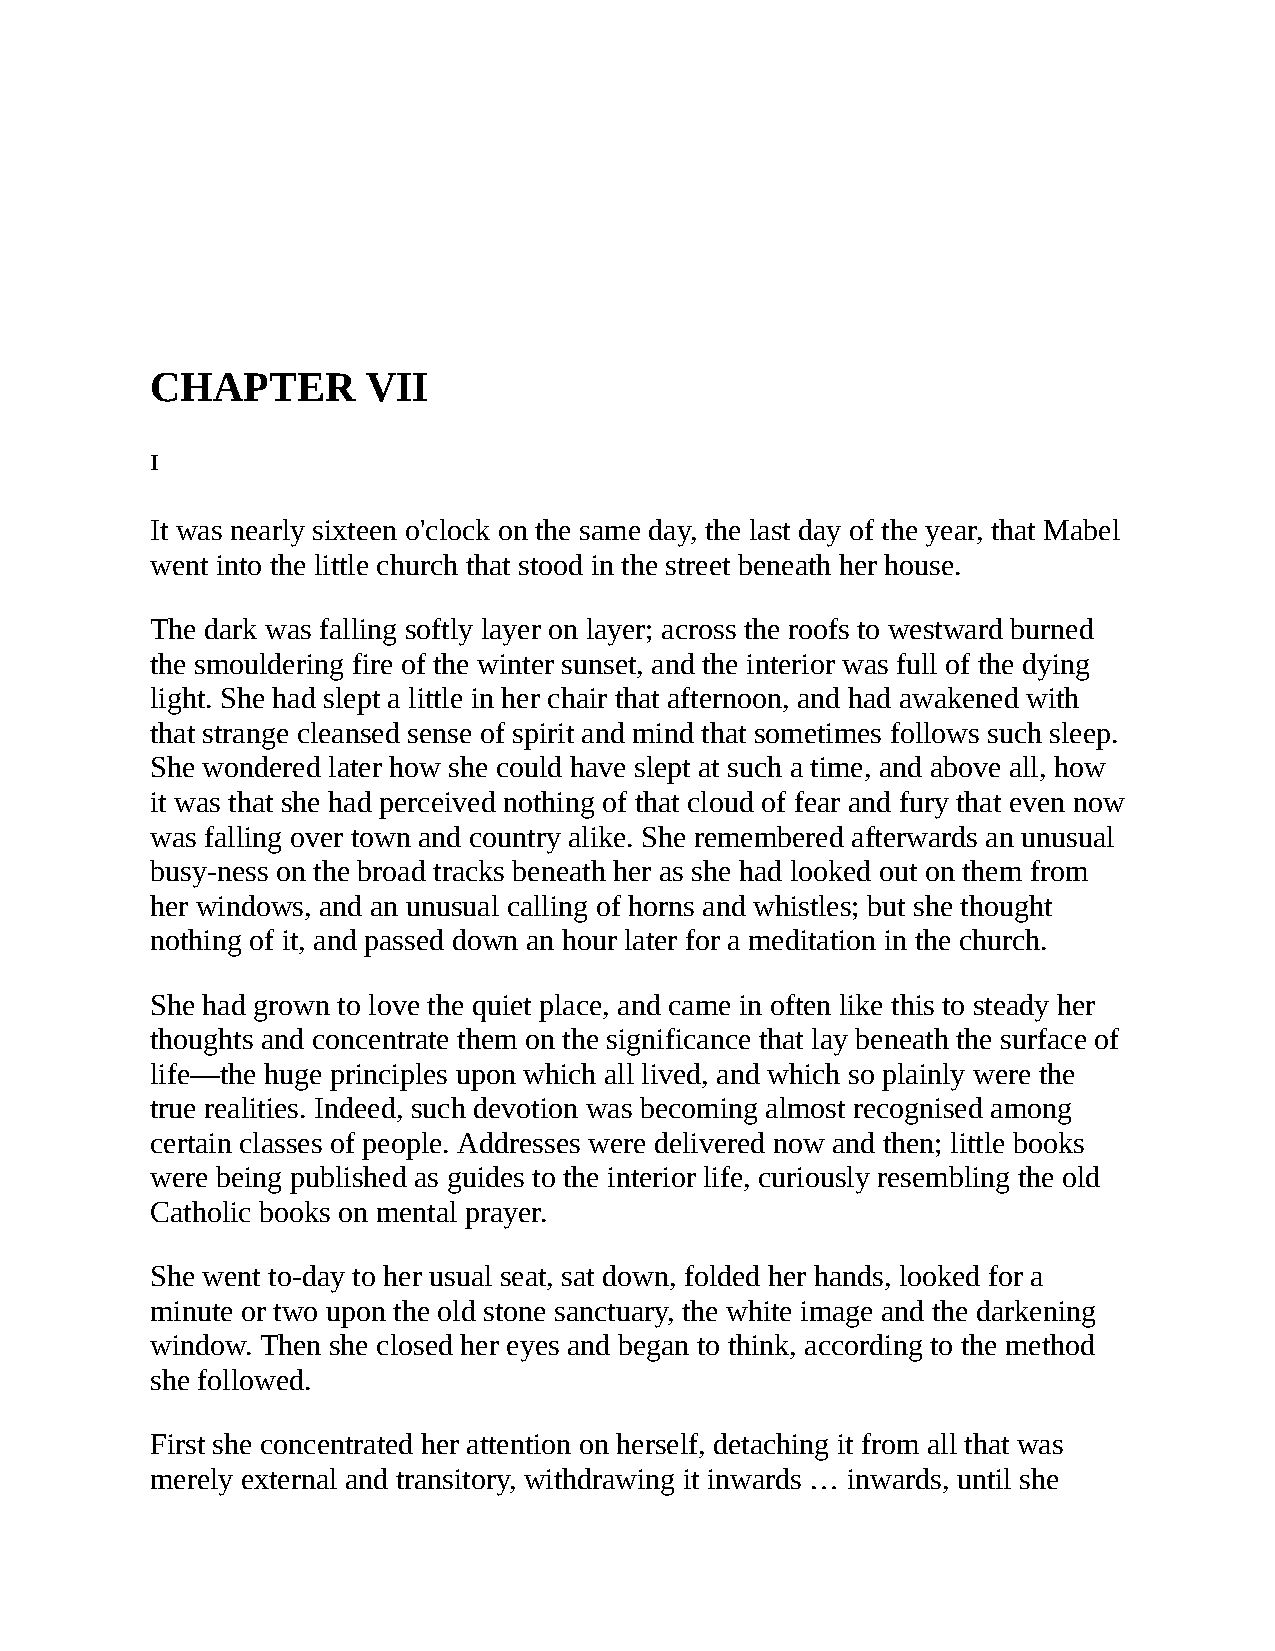
CHAPTER       VII
 I
 It was nearly sixteen o'clock on the same day, the last day of the year, that Mabel
 went into the little church that stood in the street beneath her house.
 The dark was falling softly layer on layer; across the roofs to westward burned
 the smouldering fire of the winter sunset, and the interior was full of the dying
 light. She had slept a little in her chair that afternoon, and had awakened with
 that strange cleansed sense of spirit and mind that sometimes follows such sleep.
 She wondered later how she could have slept at such a time, and above all, how
 it was that she had perceived nothing of that cloud of fear and fury that even now
 was falling over town and country alike. She remembered afterwards an unusual
 busy-ness on the broad tracks beneath her as she had looked out on them from
 her windows, and an unusual calling of horns and whistles; but she thought
 nothing of it, and passed down an hour later for a meditation in the church.
 She had grown to love the quiet place, and came in often like this to steady her
 thoughts and concentrate them on the significance that lay beneath the surface of
 life—the huge principles upon which all lived, and which so plainly were the
 true realities. Indeed, such devotion was becoming almost recognised among
 certain classes of people. Addresses were delivered now and then; little books
 were being published as guides to the interior life, curiously resembling the old
 Catholic books on mental prayer.
 She went to-day to her usual seat, sat down, folded her hands, looked for a
 minute or two upon the old stone sanctuary, the white image and the darkening
 window. Then she closed her eyes and began to think, according to the method
 she followed.
 First she concentrated her attention on herself, detaching it from all that was
 merely external and transitory, withdrawing it inwards … inwards, until she